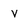
Character: v